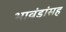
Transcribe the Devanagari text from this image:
भावंडांसह